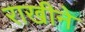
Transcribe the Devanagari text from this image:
राखीने